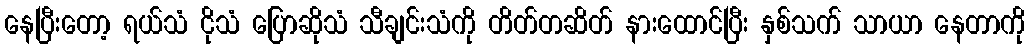
နေပြီးတော့ ရယ်သံ ငိုသံ ပြောဆိုသံ သီချင်းသံကို တိတ်တဆိတ် နားထောင်ပြီး နှစ်သက် သာယာ နေတာကို